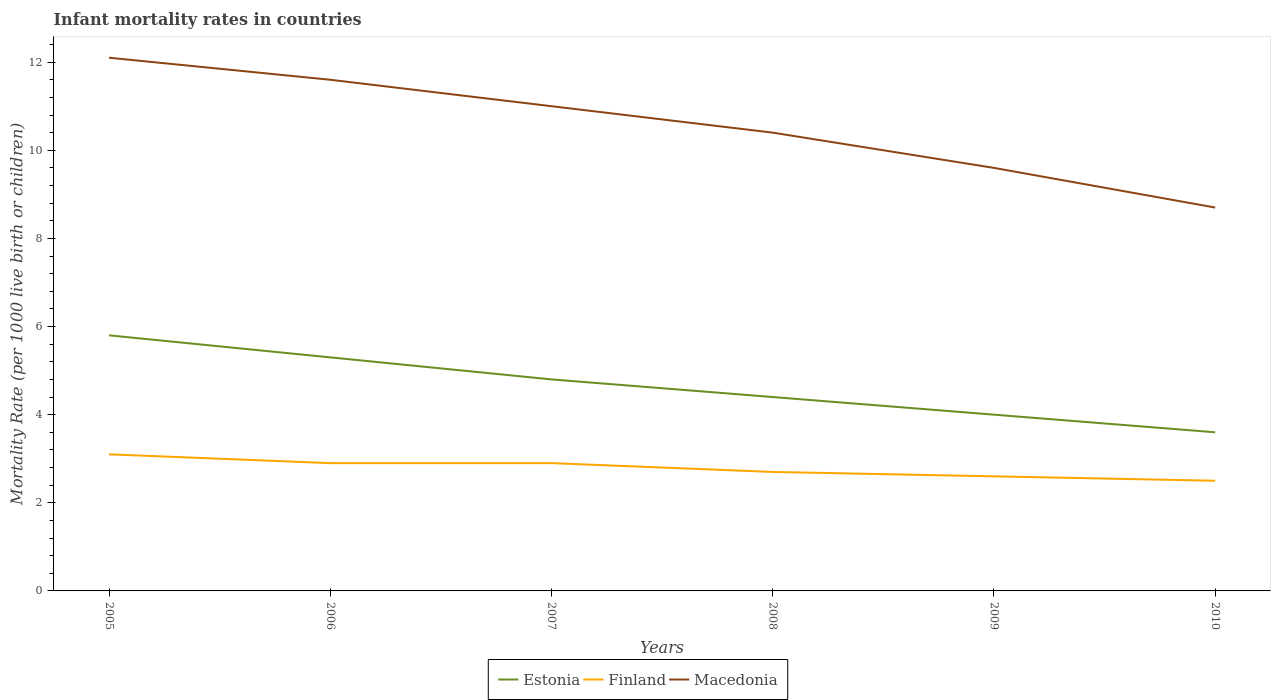
| Years | Estonia | Finland | Macedonia |
 | --- | --- | --- | --- |
 | 2005 | 5.8 | 3.1 | 12.1 |
 | 2006 | 5.3 | 2.9 | 11.6 |
 | 2007 | 4.8 | 2.9 | 11 |
 | 2008 | 4.4 | 2.7 | 10.4 |
 | 2009 | 4 | 2.6 | 9.6 |
 | 2010 | 3.6 | 2.5 | 8.7 |